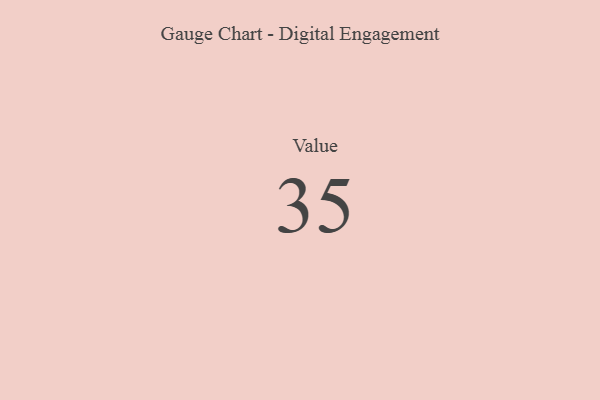
{"axis": {"x": "Metric", "y": "Value"}, "legend": [""], "data": [{"x": "Value", "y": 35, "type": ""}]}